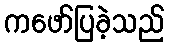
ကဖော်ပြခဲ့သည်